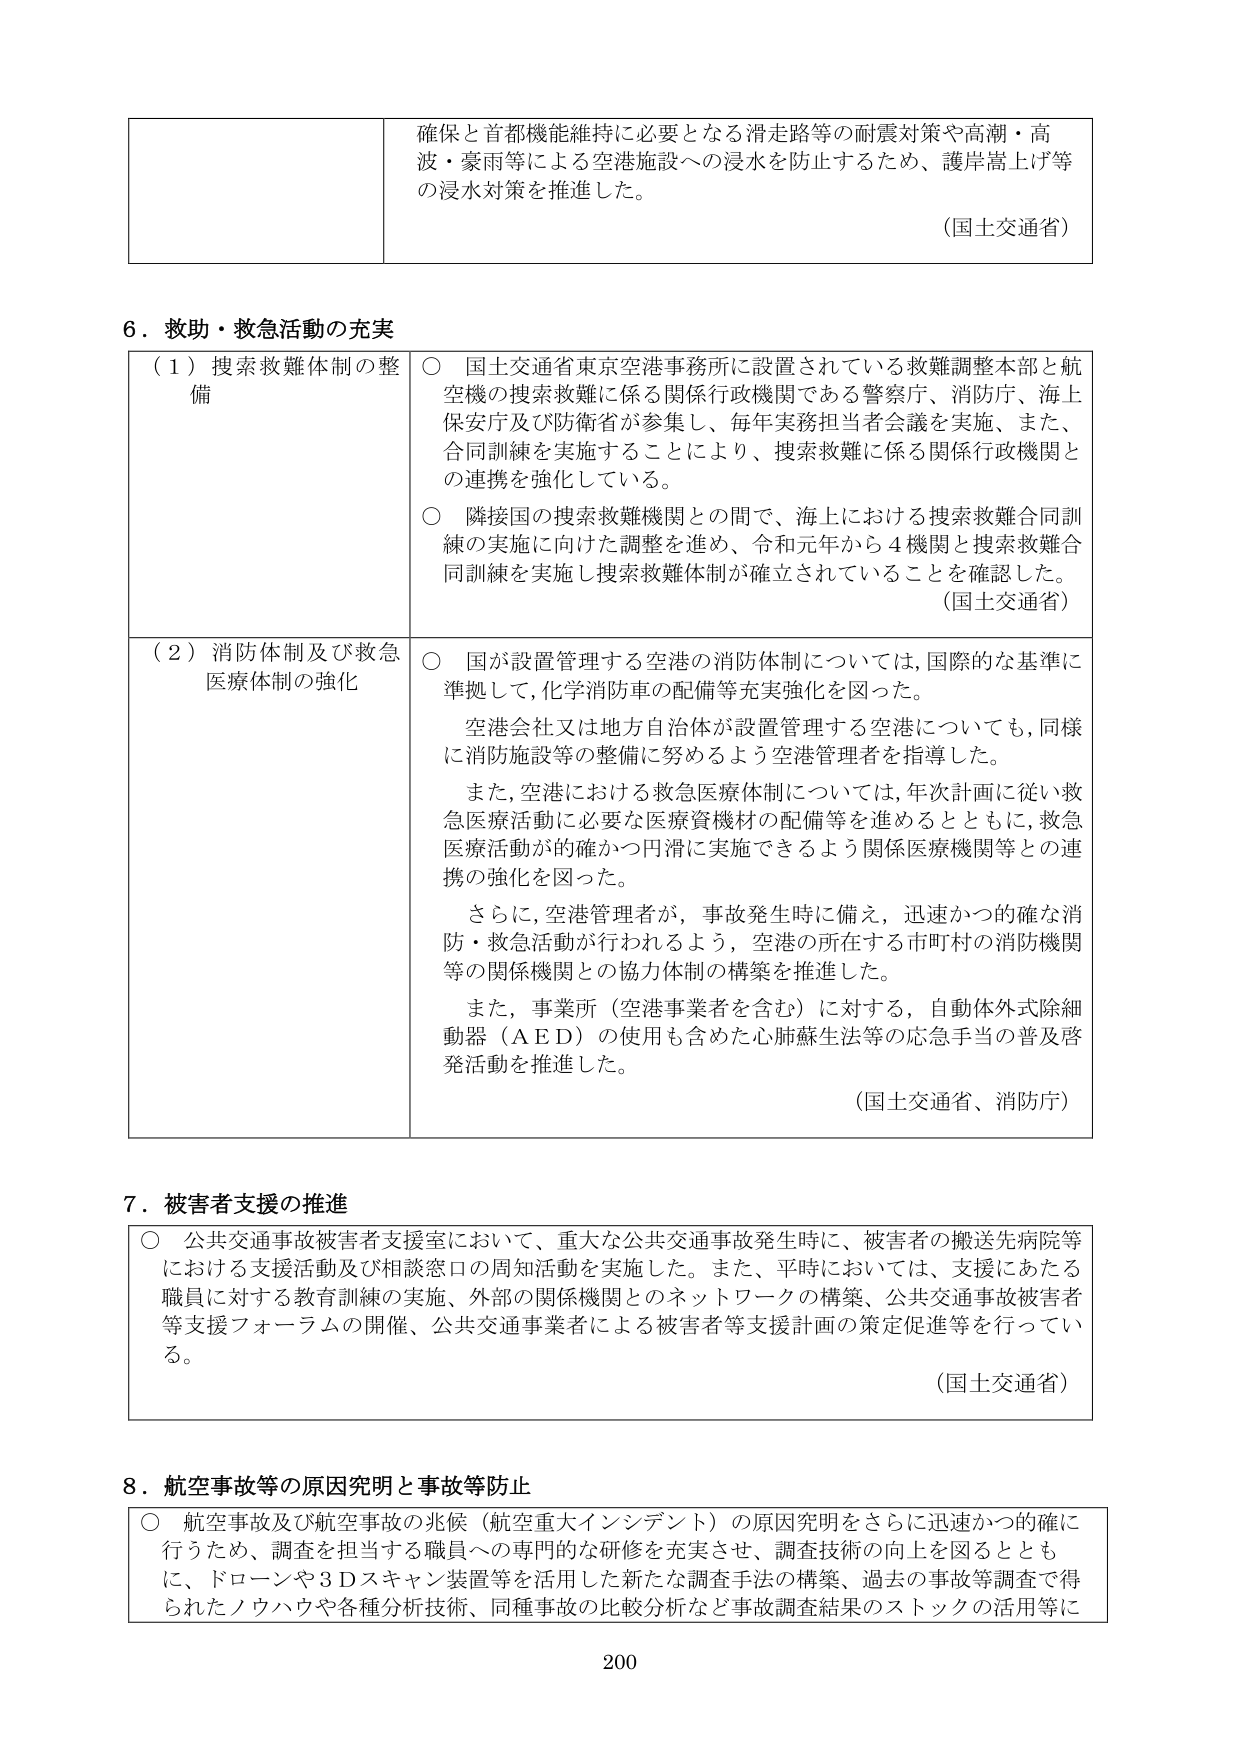
確保と首都機能維持に必要となる滑走路等の耐震対策や高潮・高波・豪雨等による空港施設への浸水を防止するため、護岸嵩上げ等の浸水対策を推進した。

（国土交通省）

6．救助・救急活動の充実

（1）捜索救難体制の整備
○ 国土交通省東京空港事務所に設置されている救難調整本部と航空機の捜索救難に係る関係行政機関である警察庁、消防庁、海上保安庁及び防衛省が参集し、毎年実務担当者会議を実施、また、合同訓練を実施することにより、捜索救難に係る関係行政機関との連携を強化している。
○ 隣接国の捜索救難機関との間で、海上における捜索救難合同訓練の実施に向けた調整を進め、令和元年から4機関と捜索救難合同訓練を実施し捜索救難体制が確立されていることを確認した。
（国土交通省）

（2）消防体制及び救急医療体制の強化
○ 国が設置管理する空港の消防体制については、国際的な基準に準拠して、化学消防車の配備等充実強化を図った。
空港会社又は地方自治体が設置管理する空港についても、同様に消防施設等の整備に努めるよう空港管理者を指導した。
また、空港における救急医療体制については、年次計画に従い救急医療活動に必要な医療資機材の配備等を進めるとともに、救急医療活動が的確かつ円滑に実施できるよう関係医療機関等との連携の強化を図った。
さらに、空港管理者が、事故発生時に備え、迅速かつ的確な消防・救急活動が行われるよう、空港の所在する市町村の消防機関等の関係機関との協力体制の構築を推進した。
また、事業所（空港事業者を含む）に対する、自動体外式除細動器（AED）の使用も含めた心肺蘇生法等の応急手当の普及啓発活動を推進した。
（国土交通省、消防庁）

7．被害者支援の推進
○ 公共交通事故被害者支援室において、重大な公共交通事故発生時に、被害者の搬送先病院等における支援活動及び相談窓口の周知活動を実施した。また、平時においては、支援にあたる職員に対する教育訓練の実施、外部の関係機関とのネットワークの構築、公共交通事故被害者等支援フォーラムの開催、公共交通事業者による被害者等支援計画の策定促進等を行っている。
（国土交通省）

8．航空事故等の原因究明と事故等防止
○ 航空事故及び航空事故の兆候（航空重大インシデント）の原因究明をさらに迅速かつ的確に行うため、調査を担当する職員への専門的な研修を充実させ、調査技術の向上を図るとともに、ドローンや3Dスキャン装置等を活用した新たな調査手法の構築、過去の事故等調査で得られたノウハウや各種分析技術、同種事故の比較分析など事故調査結果のストックの活用等に

200